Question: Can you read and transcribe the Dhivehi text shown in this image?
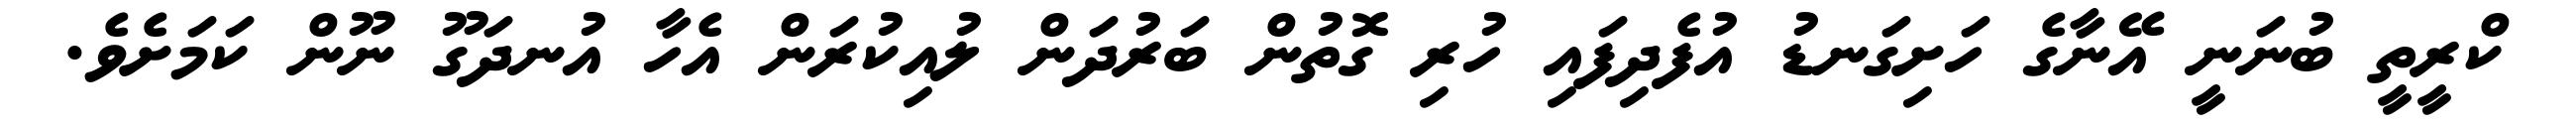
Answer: ކްރީތީ ބުނަނީ އޭނާގެ ހަށިގަނޑު އުފެދިފައި ހުރި ގޮތުން ބަރުދަން ލުއިކުރަން އެހާ އުނދަގޫ ނޫން ކަމަށެވެ.